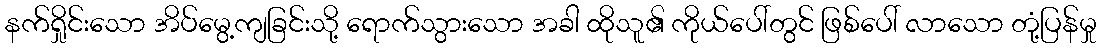
နက်ရှိုင်းသော အိပ်မွေ့ကျခြင်းသို့ ရောက်သွားသော အခါ ထိုသူ၏ ကိုယ်ပေါ်တွင် ဖြစ်ပေါ် လာသော တုံ့ပြန်မှု